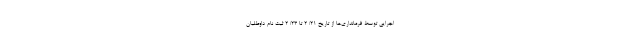
اجرایی توسط فرمانداری‌ها از تاریخ ۲۱/ ۲ تا ۲۳/ ۲ ثبت نام داوطلبان